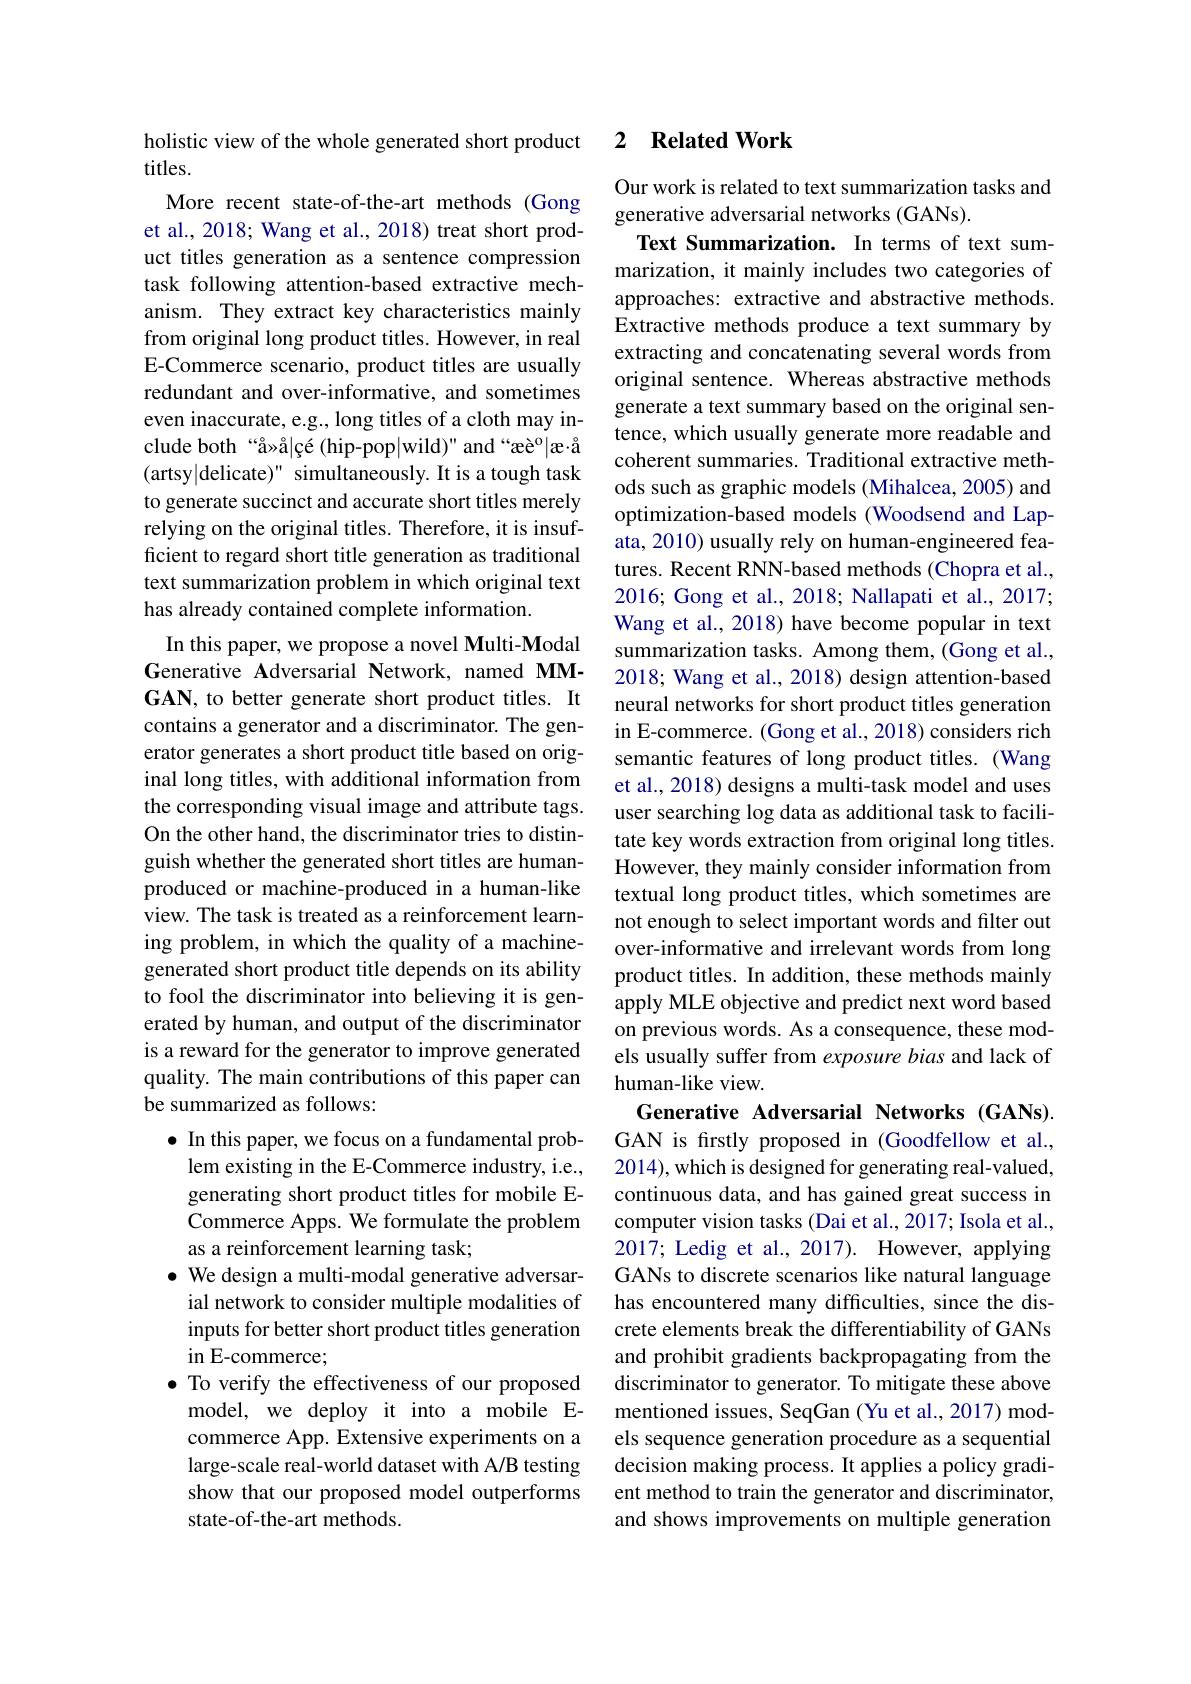
holistic view of the whole generated short product
titles.
More recent state-of-the-art methods (Gong et al., 2018; Wang et al., 2018) treat short product titles generation as a sentence compression task following attention-based extractive mechanism. They extract key characteristics mainly from original long product titles. However, in real E-Commerce scenario, product titles are usually redundant and over-informative, and sometimes even inaccurate, e.g., long titles of a cloth may include both “å»å|çé(hip-pop|wild)" and“æè$^{\mathrm{o}}|x\cdot\mathring{\mathrm{a}}$ (artsy|delicate)" simultaneously. It is a tough task to generate succinct and accurate short titles merely relying on the original titles. Therefore, it is insufficient to regard short title generation as traditional text summarization problem in which original text has already contained complete information.
In this paper, we propose a novel Multi-Modal Generative Adversarial Network, named MMGAN, to better generate short product titles. It contains a generator and a discriminator. The generator generates a short product title based on original long titles, with additional information from the corresponding visual image and attribute tags. On the other hand, the discriminator tries to distinguish whether the generated short titles are humanproduced or machine-produced in a human-like view. The task is treated as a reinforcement learning problem, in which the quality of a machinegenerated short product title depends on its ability to fool the discriminator into believing it is generated by human, and output of the discriminator is a reward for the generator to improve generated quality. The main contributions of this paper can be summarized as follows:
$\bullet$ In this paper, we focus on a fundamental problem existing in the E-Commerce industry, i.e., generating short product titles for mobile ECommerce Apps. We formulate the problem as a reinforcement learning task;
$\bullet$ We design a multi-modal generative adversarial network to consider multiple modalities of inputs for better short product titles generation in E-commerce;
· To verify the effectiveness of our proposed
model, we deploy it into a mobile Ecommerce App. Extensive experiments on a large-scale real-world dataset with A/B testing show that our proposed model outperforms state-of-the-art methods

### 2 $\textbf{Related Work}$

Our work is related to text summarization tasks and
generative adversarial networks (GANs).
Text Summarization. In terms of text summarization, it mainly includes two categories of approaches: extractive and abstractive methods. Extractive methods produce a text summary by extracting and concatenating several words from original sentence. Whereas abstractive methods generate a text summary based on the original sentence, which usually generate more readable and coherent summaries. Traditional extractive methods such as graphic models (Mihalcea, 2005) and optimization-based models (Woodsend and Lapata, 2010) usually rely on human-engineered features. Recent RNN-based methods (Chopra et al., 2016; Gong et al., 2018; Nallapati et al., 2017; Wang et al., 2018) have become popular in text summarization tasks. Among them, (Gong et al., 2018; Wang et al., 2018) design attention-based neural networks for short product titles generation in E-commerce. (Gong et al., 2018) considers rich semantic features of long product titles. (Wang et al., 2018) designs a multi-task model and uses user searching log data as additional task to facilitate key words extraction from original long titles. However, they mainly consider information from textual long product titles, which sometimes are not enough to select important words and filter out over-informative and irrelevant words from long product titles. In addition, these methods mainly apply MLE objective and predict next word based on previous words. As a consequence, these models usually suffer from exposure bias and lack of human-like view.
Generative Adversarial Networks (GANs). GAN is frstly proposed in (Goodfellow et al., 2014), which is designed for generating real-valued, continuous data, and has gained great success in computer vision tasks (Dai et al., 2017; Isola et al., 2017; Ledig et al., 2017). However, applying GANs to discrete scenarios like natural language has encountered many difficulties, since the discrete elements break the differentiability of GANs and prohibit gradients backpropagating from the discriminator to generator. To mitigate these above mentioned issues, SeqGan (Yu et al., 2017) models sequence generation procedure as a sequential decision making process. It applies a policy gradient method to train the generator and discriminator, and shows improvements on multiple generation